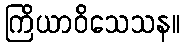
ကြိယာဝိသေသန။